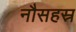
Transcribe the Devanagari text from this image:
नौसहस्र